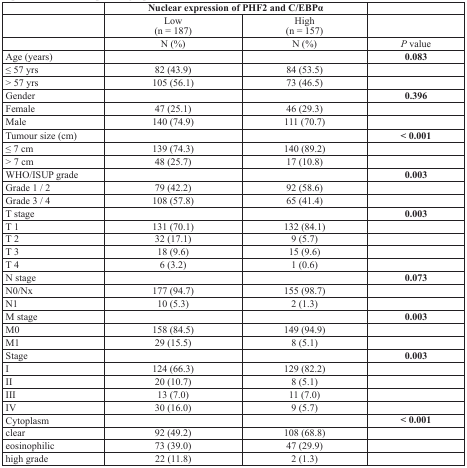
|  | <COLSPAN=2> Nuclear expression of PHF2 and C/EBPα |  |
 | --- | --- | --- | --- |
 |  | Low(n = 187) | High(n = 157) |  |
 |  | N (%) | N (%) | P value |
 | Age (years) |  |  | 0.083 |
 | ≤ 57 yrs | 82 (43.9) | 84 (53.5) |  |
 | > 57 yrs | 105 (56.1) | 73 (46.5) |  |
 | Gender |  |  | 0.396 |
 | Female | 47 (25.1) | 46 (29.3) |  |
 | Male | 140 (74.9) | 111 (70.7) |  |
 | Tumour size (cm) |  |  | < 0.001 |
 | ≤ 7 cm | 139 (74.3) | 140 (89.2) |  |
 | > 7 cm | 48 (25.7) | 17 (10.8) |  |
 | WHO/ISUP grade |  |  | 0.003 |
 | Grade 1 / 2 | 79 (42.2) | 92 (58.6) |  |
 | Grade 3 / 4 | 108 (57.8) | 65 (41.4) |  |
 | T stage |  |  | 0.003 |
 | T 1 | 131 (70.1) | 132 (84.1) |  |
 | T 2 | 32 (17.1) | 9 (5.7) |  |
 | T 3 | 18 (9.6) | 15 (9.6) |  |
 | T 4 | 6 (3.2) | 1 (0.6) |  |
 | N stage |  |  | 0.073 |
 | N0/Nx | 177 (94.7) | 155 (98.7) |  |
 | N1 | 10 (5.3) | 2 (1.3) |  |
 | M stage |  |  | 0.003 |
 | M0 | 158 (84.5) | 149 (94.9) |  |
 | M1 | 29 (15.5) | 8 (5.1) |  |
 | Stage |  |  | 0.003 |
 | I | 124 (66.3) | 129 (82.2) |  |
 | II | 20 (10.7) | 8 (5.1) |  |
 | III | 13 (7.0) | 11 (7.0) |  |
 | IV | 30 (16.0) | 9 (5.7) |  |
 | Cytoplasm |  |  | < 0.001 |
 | clear | 92 (49.2) | 108 (68.8) |  |
 | eosinophilic | 73 (39.0) | 47 (29.9) |  |
 | high grade | 22 (11.8) | 2 (1.3) |  |